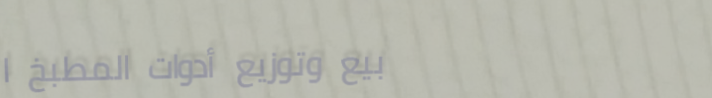
بيع وتوزيع أدوات المطبخ ا